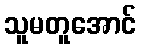
သူမတူအောင်